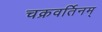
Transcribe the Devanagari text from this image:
चक्रवर्तिनम्